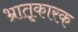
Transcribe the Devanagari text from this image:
भ्रातृ्कारक